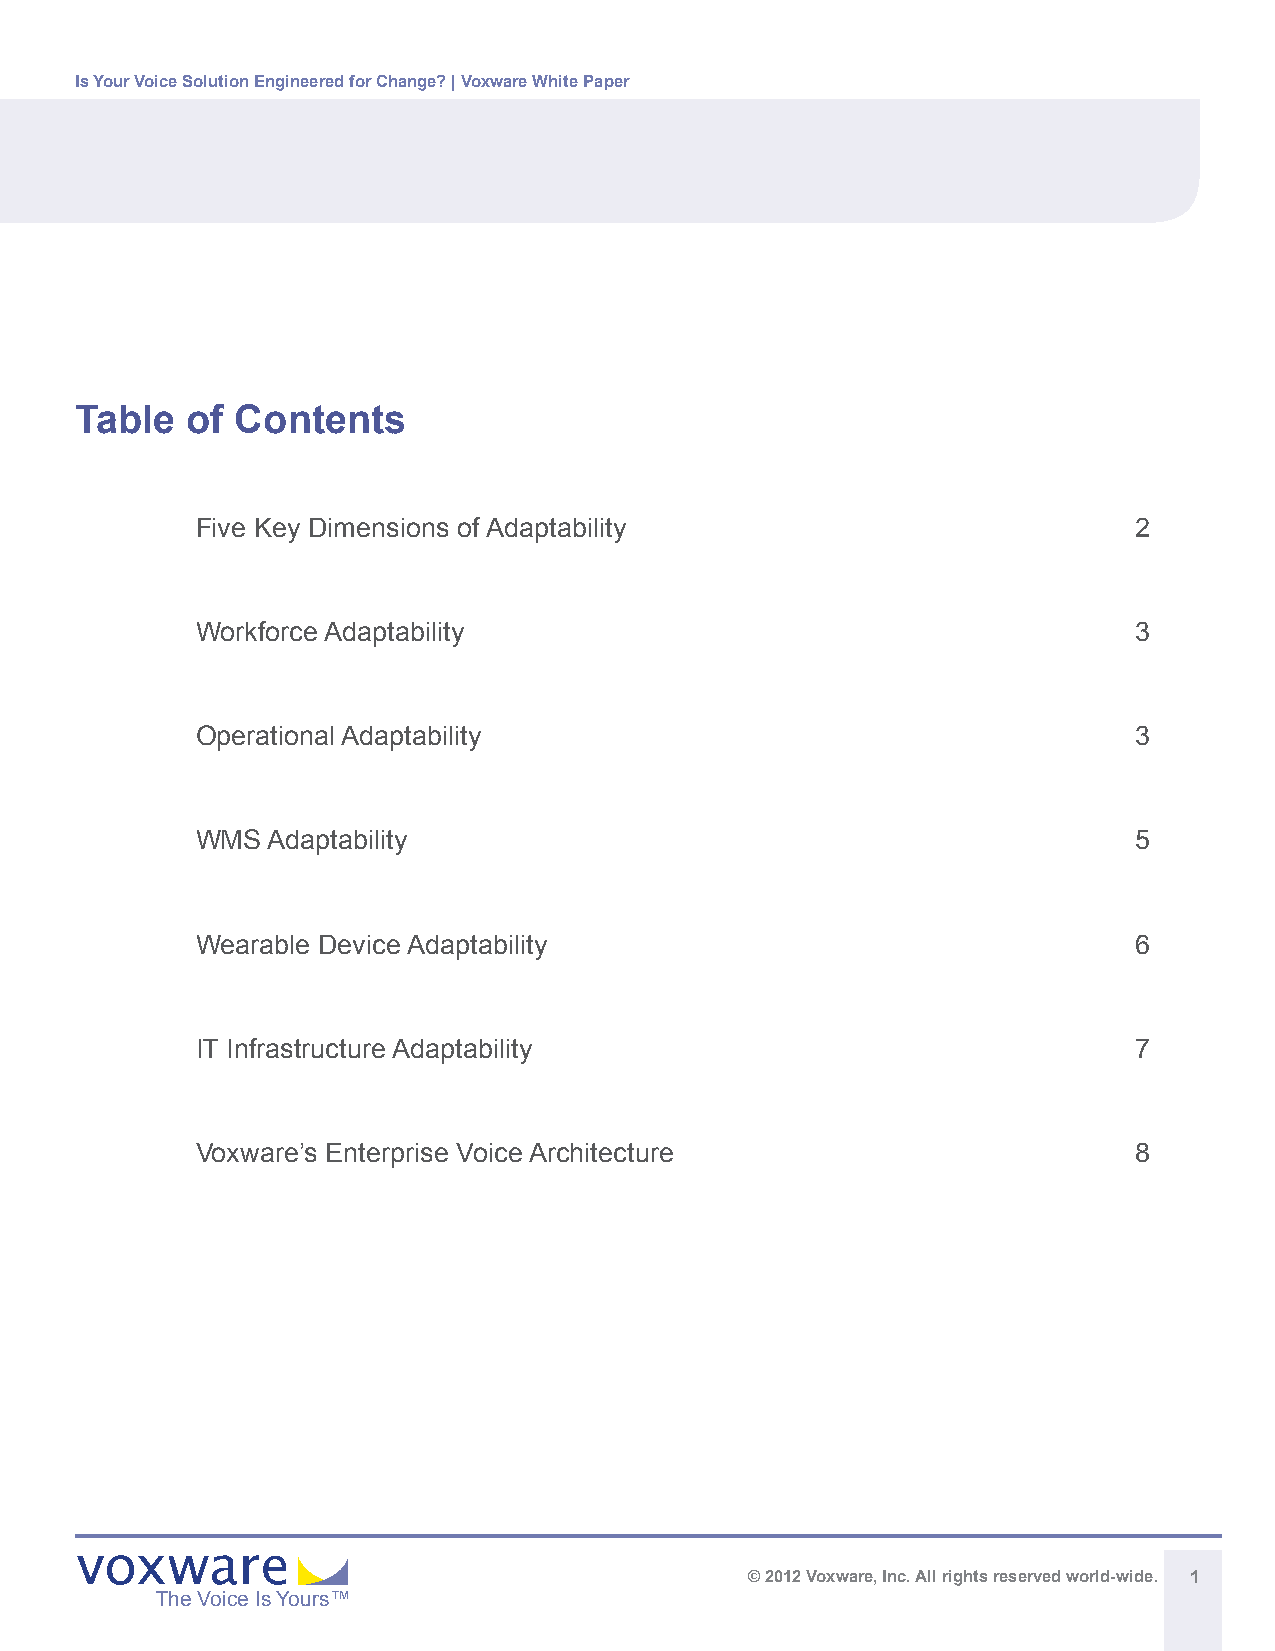
Is Your Voice Solution Engineered for Change? | Voxware White Paper
 Table  of  Contents
 Five Key Dimensions of Adaptability                           2
 Workforce Adaptability                                        3
 Operational Adaptability                                      3
 WMS  Adaptability                                             5
 Wearable Device Adaptability                                  6
 IT Infrastructure Adaptability                                7
 Voxware’s Enterprise Voice Architecture                       8
 © 2012 Voxware, Inc. All rights reserved world-wide. 1
 The Voice Is Yours™